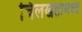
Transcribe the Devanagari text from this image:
चिलखतामध्ये